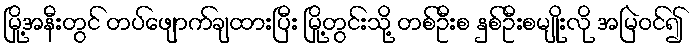
မြို့အနီးတွင် တပ်ဖျောက်ချထားပြီး မြို့တွင်းသို့ တစ်ဦးစ နှစ်ဦးစမျိုးလို အမြဲဝင်၍